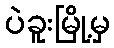
ပဲခူးမြို့မှ